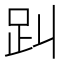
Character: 𧾻